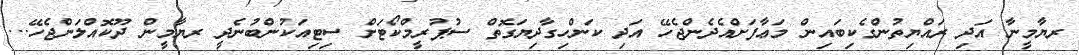
ރޔާމީނާ އަދި ރައްޔިތުންގެކިބައިން މަޢާފަށްއެދެންޖެހޭ އަދި ކަންހިގާދިޔަގޮތް ސުޕުރީމްކޯޓަށް ސިޓިއަކުންބުނެދީ ރޔާމީން ދޫކޮއްލަންޖެހޭ...